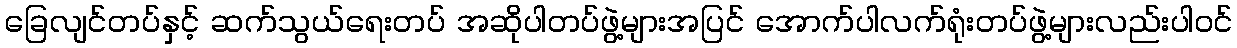
ခြေလျင်တပ်နှင့် ဆက်သွယ်ရေးတပ် အဆိုပါတပ်ဖွဲ့များအပြင် အောက်ပါလက်ရုံးတပ်ဖွဲ့များလည်းပါဝင်